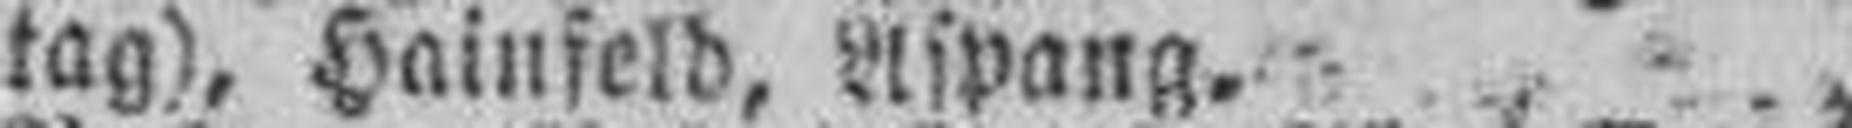
tag), Hainfeld, Aspang.